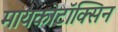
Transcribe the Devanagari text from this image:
मायकोटॉक्सिन